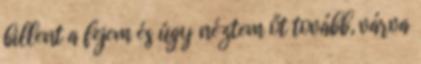
billent a fejem és úgy néztem őt tovább, várva